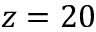
z = 2 0